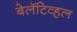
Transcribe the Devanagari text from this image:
बेलॅटिव्हल